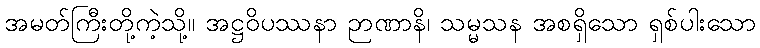
အမတ်ကြီးတို့ကဲ့သို့။ အဋ္ဌဝိပဿနာ ဉာဏာနိ၊ သမ္မသန အစရှိသော ရှစ်ပါးသော